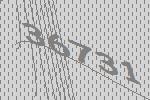
36731